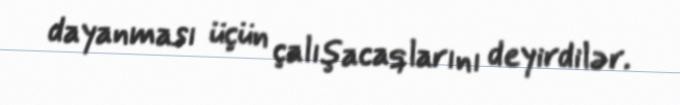
dayanması üçün çalışacaqlarını deyirdilər.